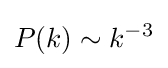
P(k)\sim k^{-3}